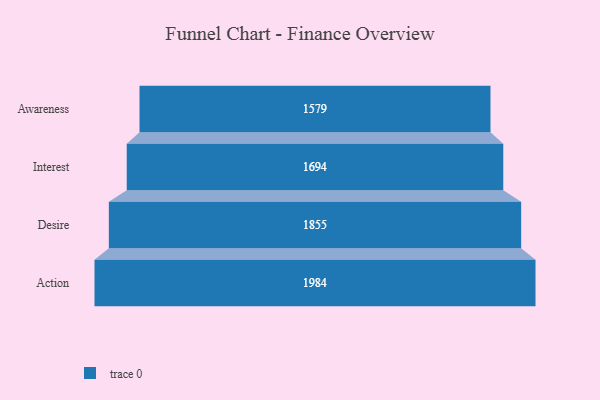
{"axis": {"x": "Stage", "y": "Value"}, "legend": [""], "data": [{"x": "Awareness", "y": 1579.0, "type": ""}, {"x": "Interest", "y": 1694.0, "type": ""}, {"x": "Desire", "y": 1855.0, "type": ""}, {"x": "Action", "y": 1984.0, "type": ""}]}